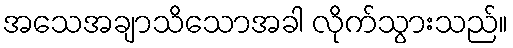
အသေအချာသိသောအခါ လိုက်သွားသည်။